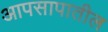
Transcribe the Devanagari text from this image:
आपसापातील